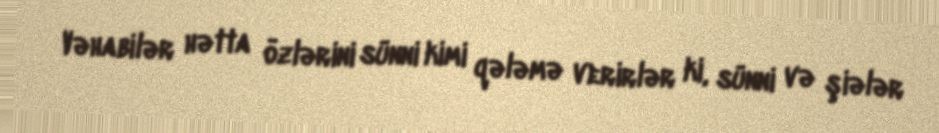
Vəhabilər hətta özlərini sünni kimi qələmə verirlər ki, sünni və şiələr